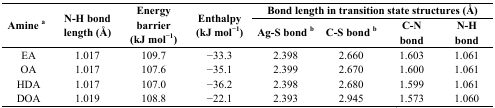
| <ROWSPAN=2> Amine a | <ROWSPAN=2> N-H bond length (Å) | <ROWSPAN=2> Energy barrier (kJ mol−1) | <ROWSPAN=2> Enthalpy (kJ mol−1) | <COLSPAN=4> Bond length in transition state structures (Å) |
 | Ag-S bond b | C-S bond b | C-N bond | N-H bond |
 | --- | --- | --- | --- | --- | --- | --- | --- |
 | EA | 1.017 | 109.7 | −33.3 | 2.398 | 2.660 | 1.603 | 1.061 |
 | OA | 1.017 | 107.6 | −35.1 | 2.399 | 2.670 | 1.600 | 1.061 |
 | HDA | 1.017 | 107.0 | −36.2 | 2.398 | 2.680 | 1.599 | 1.061 |
 | DOA | 1.019 | 108.8 | −22.1 | 2.393 | 2.945 | 1.573 | 1.060 |